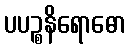
ပပဉ္စနိရောဓော